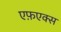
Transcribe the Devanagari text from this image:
एफ़एक्स